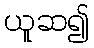
ယူဆ၍